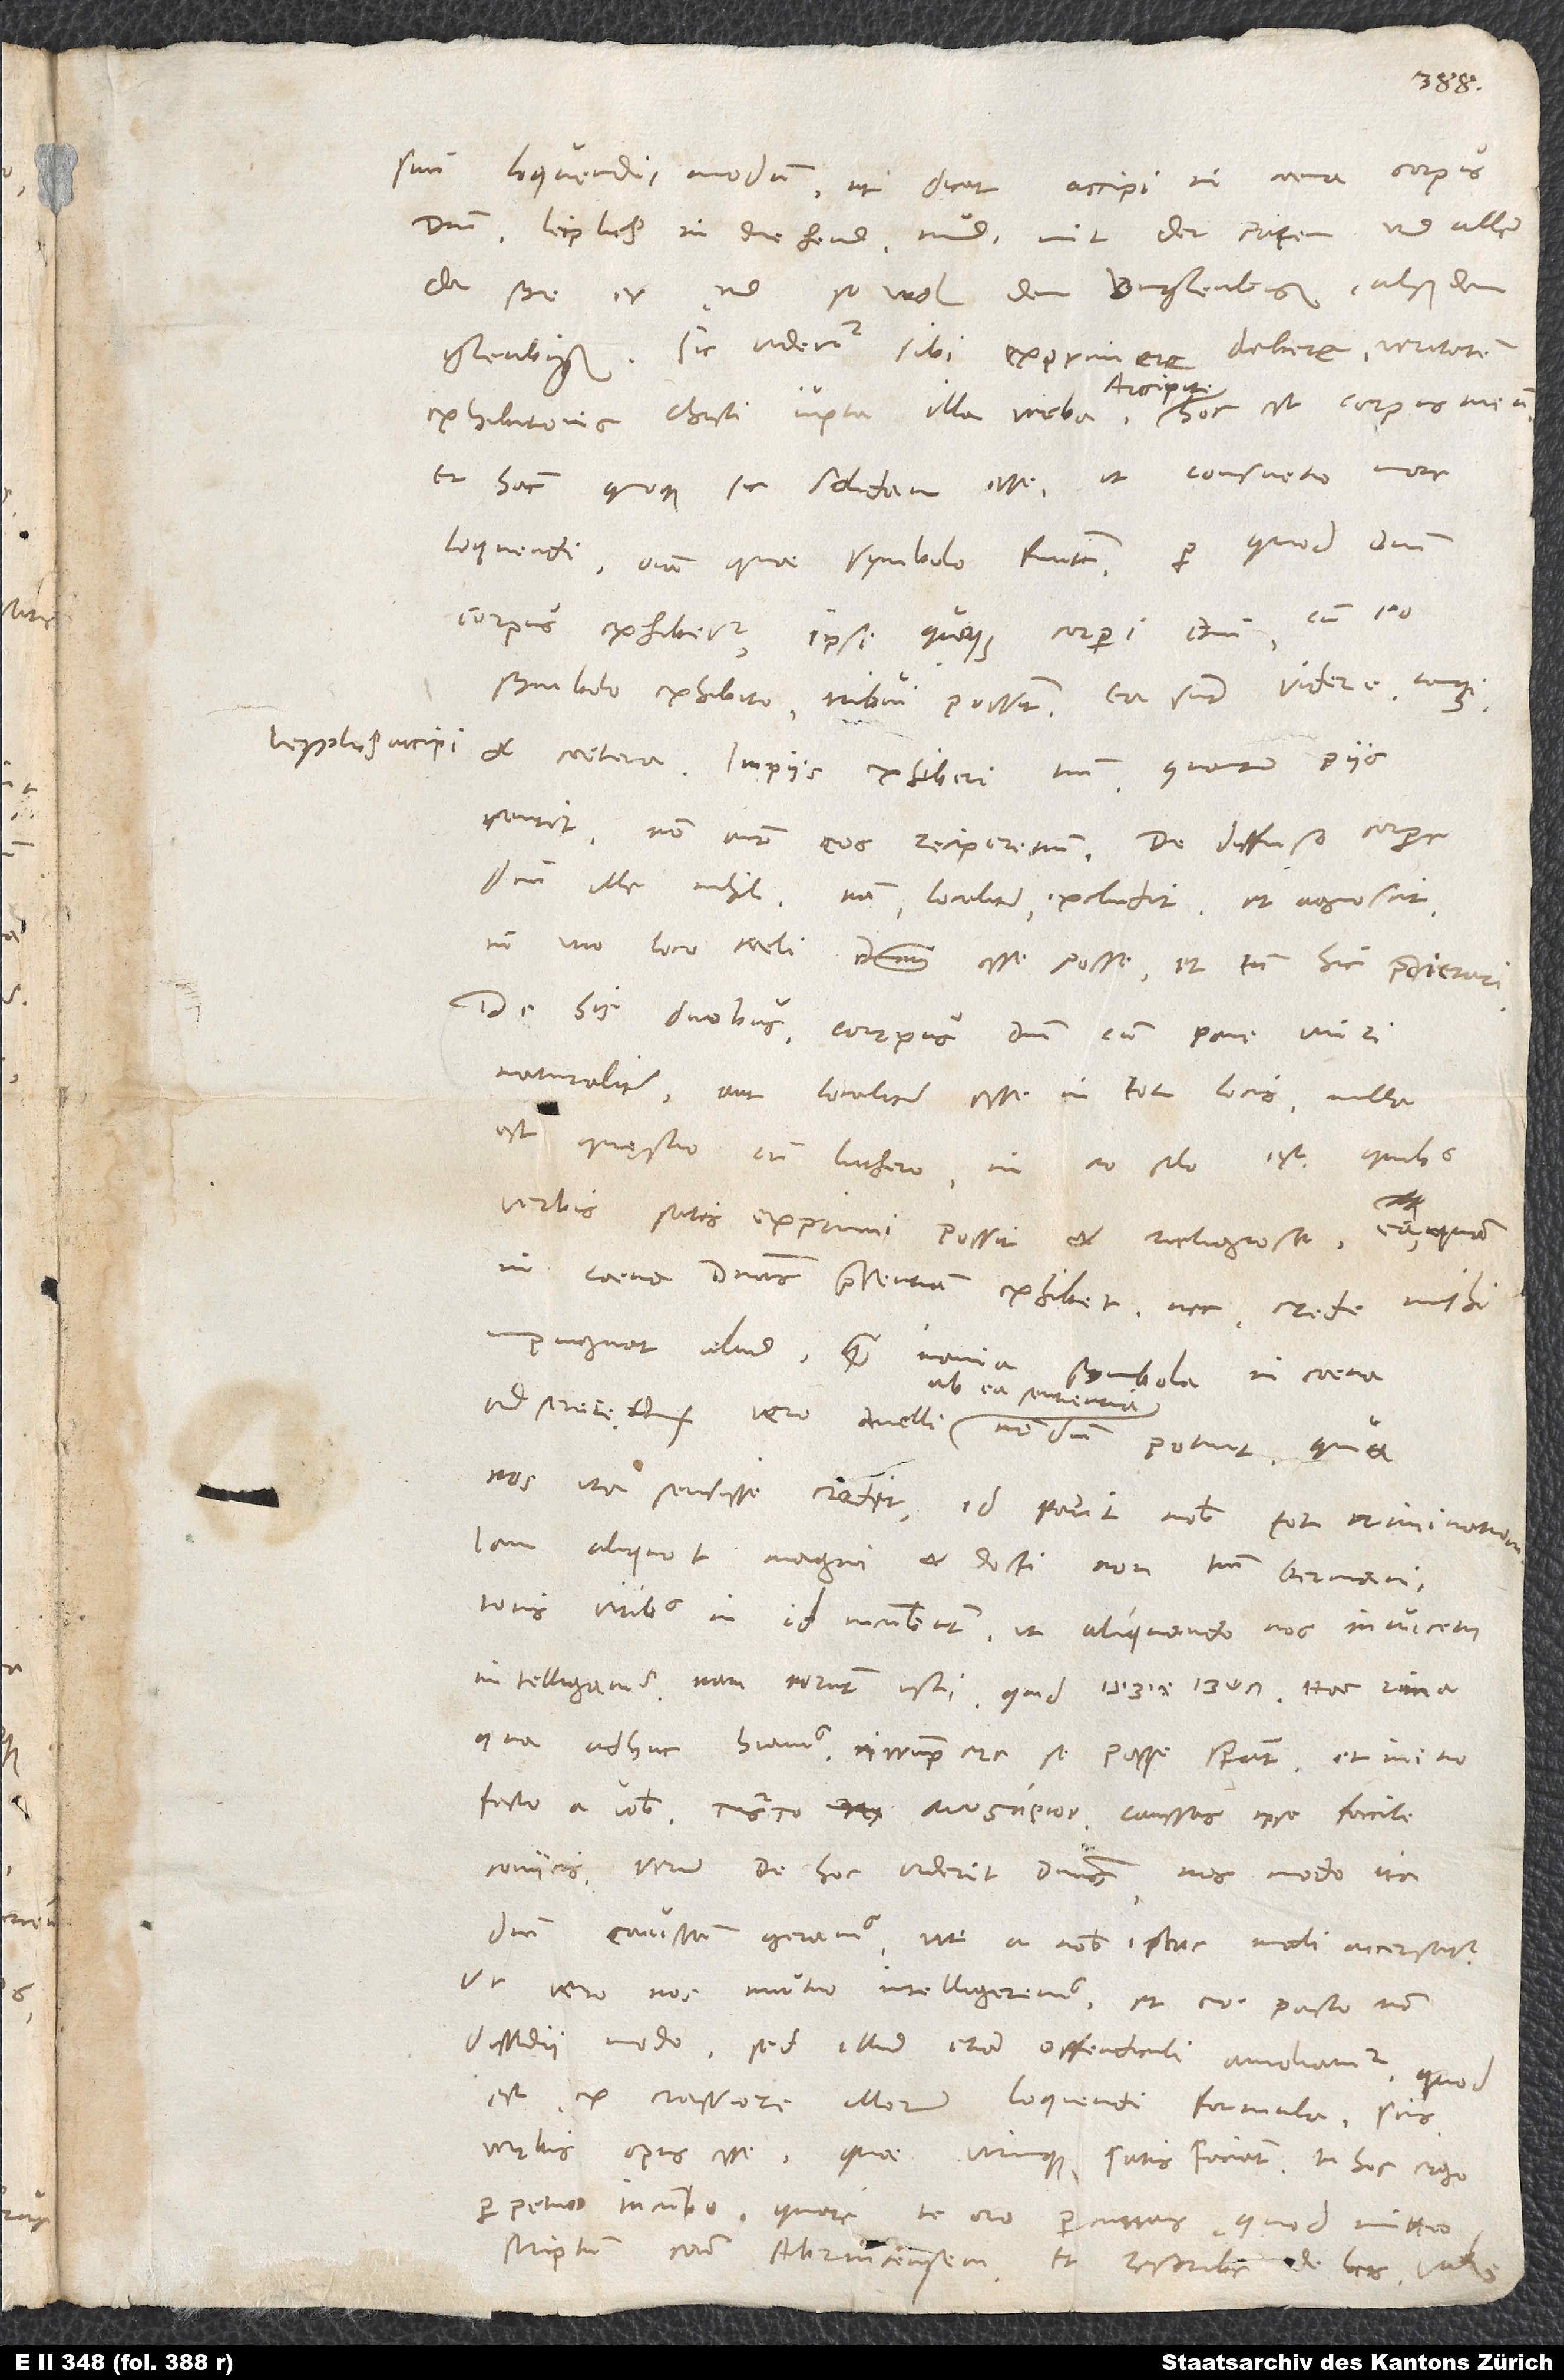
15.
suum loquendi modum, ut dicat accipi in coena corpus
domini leiplich in die hend, mund, mit der paten und allem,
da sye er und so wol den ungleubigen als den
gleubigen. Sic videtur sibi exprimere debere veritatem
modo, sed illud etiam offendiculi amoliamur, quod
est ex crassiore illorum loquendi formula, scis
verbis opus esse, quae utrinque satisfaciant. In hoc ergo
scriptum contra Abrincensem, et rescribe de his.